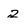
Character: 2